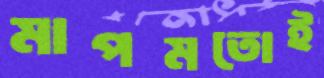
মাপমতোই